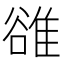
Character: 𨿜